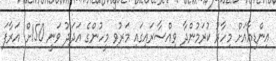
އިންޑިއާއަށް މިހާރު ކުރަމުންދާ ވިއްސާރައިގައި މަރުވި މީހުންގެ އަދަދު ވަނީ 150ށް އަރާފަ